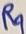
Text: R9